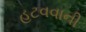
હટવવાની